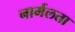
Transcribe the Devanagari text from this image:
नार्मलता